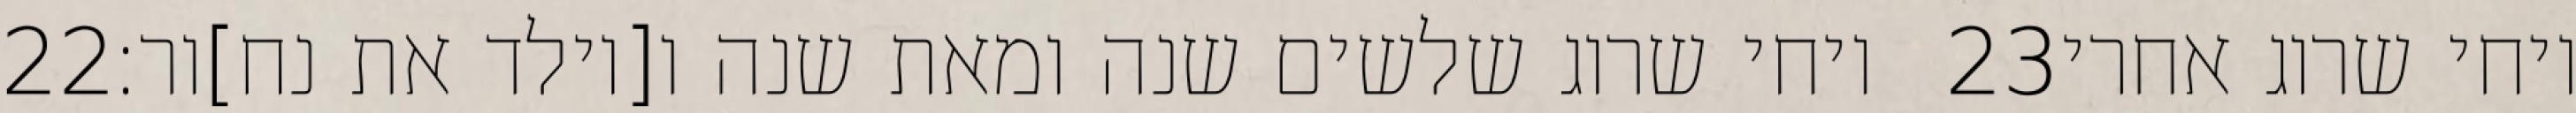
‎22‏ ויחי שרוג שלשים שנה ומאת שנה ו[יולד את נח]ור׃ ‎23‏ ויחי שרוג אחרי